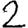
Digit: 2